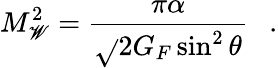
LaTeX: M_{\mathscr{W}}^{2}=\frac{{\pi\alpha}}{{\sqrt{}{{2}}G_{F}\sin^{2}\theta}}~~~.